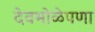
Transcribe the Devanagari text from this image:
देवभोळेपणा